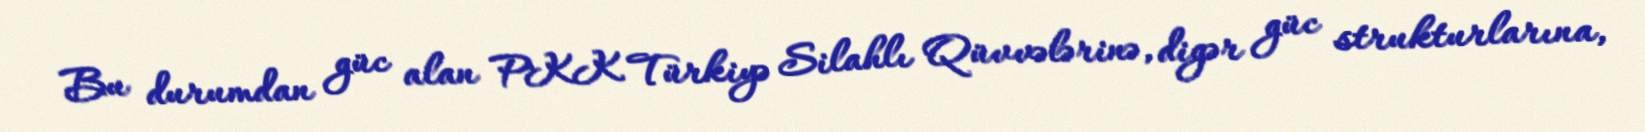
Bu durumdan güc alan PKK Türkiyə Silahlı Qüvvələrinə, digər güc strukturlarına,